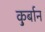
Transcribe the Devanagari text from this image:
कु़र्बान